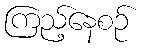
ကြည့်နေစဉ်